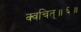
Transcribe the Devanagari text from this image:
क्वचित्॥६॥